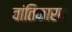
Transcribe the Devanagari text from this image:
वांतिकारक